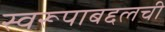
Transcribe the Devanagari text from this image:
स्वरूपाबद्दलची